Lunatic asylums United Provinces 1909-1921 - 1909-1921
Year: 1909
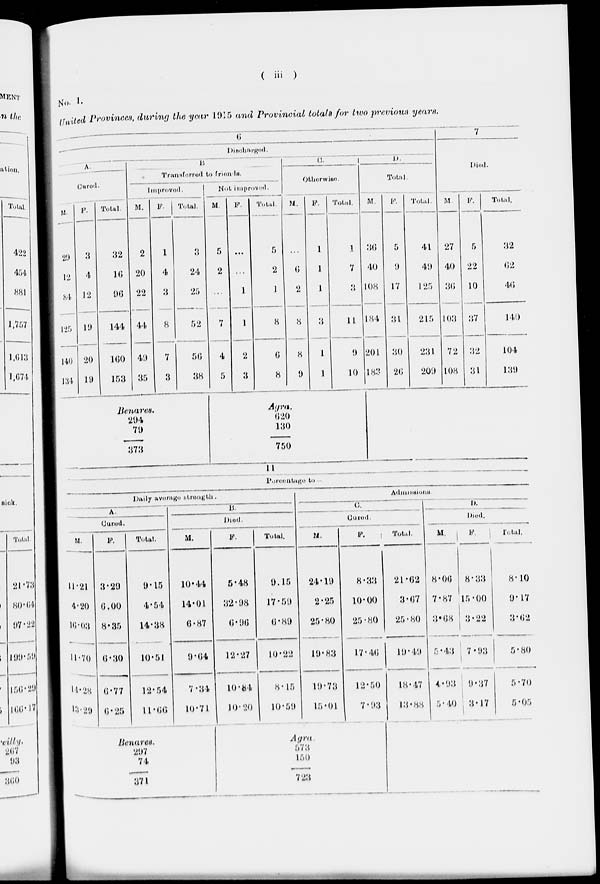
( iii )
No. 1.
United Provinces, during the year 1915 and Provincial totals for two previous years.
6
Discharged.
A.
Cured.
M.
29
12
84
125
140
134
F.
3
4
12
19
20
19
Total.
32
16
96
144
160
153
B
Transferred to friends.
Improved.
M.
2
20
22
44
49
35
F.
1
4
3
8
7
3
Total.
3
24
25
52
56
38
Benares.
294
79
373
Not improved.
M
5
2
...
7
4
5
F.
...
...
1
1
2
3
Total.
5
2
1
8
6
8
C.
Otherwise.
M.
...
6
2
8
8
9
F.
1
1
1
3
1
1
Total.
1
7
3
11
9
10
Agra.
620
130
750
D.
Total.
M.
36
40
108
184
201
183
F.
5
9
17
31
30
26
Total.
41
49
125
215
231
209
7
Died.
M
27
40
36
103
72
108
F.
5
22
10
37
32
31
Total.
32
62
46
140
104
139
11
Percentage
to
Daily average strength.
A.
Cured.
M.
11.21
4.20
16.03
11.70
14.28
13.29
F.
3.29
6.00
8.35
6.30
6.77
6.25
Total.
9.15
4.54
14.38
10.51
12.54
11.66
B.
Died.
M.
10.44
14.01
6.87
9.64
7.34
10.71
Benares.
297
74
371
F.
5.48
32.98
6.96
12.27
10.84
10.20
Total.
9.15
17.59
6.89
10.22
8.15
10.59
Admissionn
C.
Cured.
M.
24.19
2.25
25.80
19.83
19.73
15.01
F.
8.33
10.00
25. 80
17.46
12.50
7.93
Agra
573
150
723
Total.
21.62
3.67
25.80
19.49
18.47
13.88
D.
Died.
M.
8.06
7.87
3.68
5.43
4.93
5.40
F.
8.33
15.00
3.22
7.93
9.37
3.17
Total.
8.10
9.17
3.62
5.80
5.70
5.05